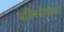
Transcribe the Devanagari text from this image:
परिषदेसोबत